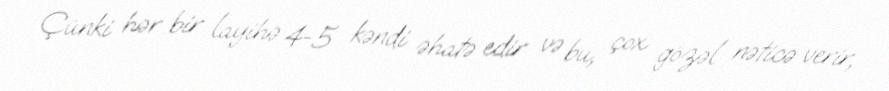
Çünki hər bir layihə 4-5 kəndi əhatə edir və bu, çox gözəl nəticə verir,